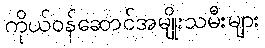
ကိုယ်ဝန်ဆောင်အမျိုးသမီးများ